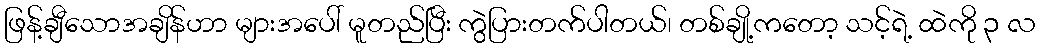
ဖြန့်ချီသောအချိန်ဟာ များအပေါ် မူတည်ပြီး ကွဲပြားတက်ပါတယ်၊ တစ်ချို့ကတော့ သင့်ရဲ့ ထဲကို ၃ လ